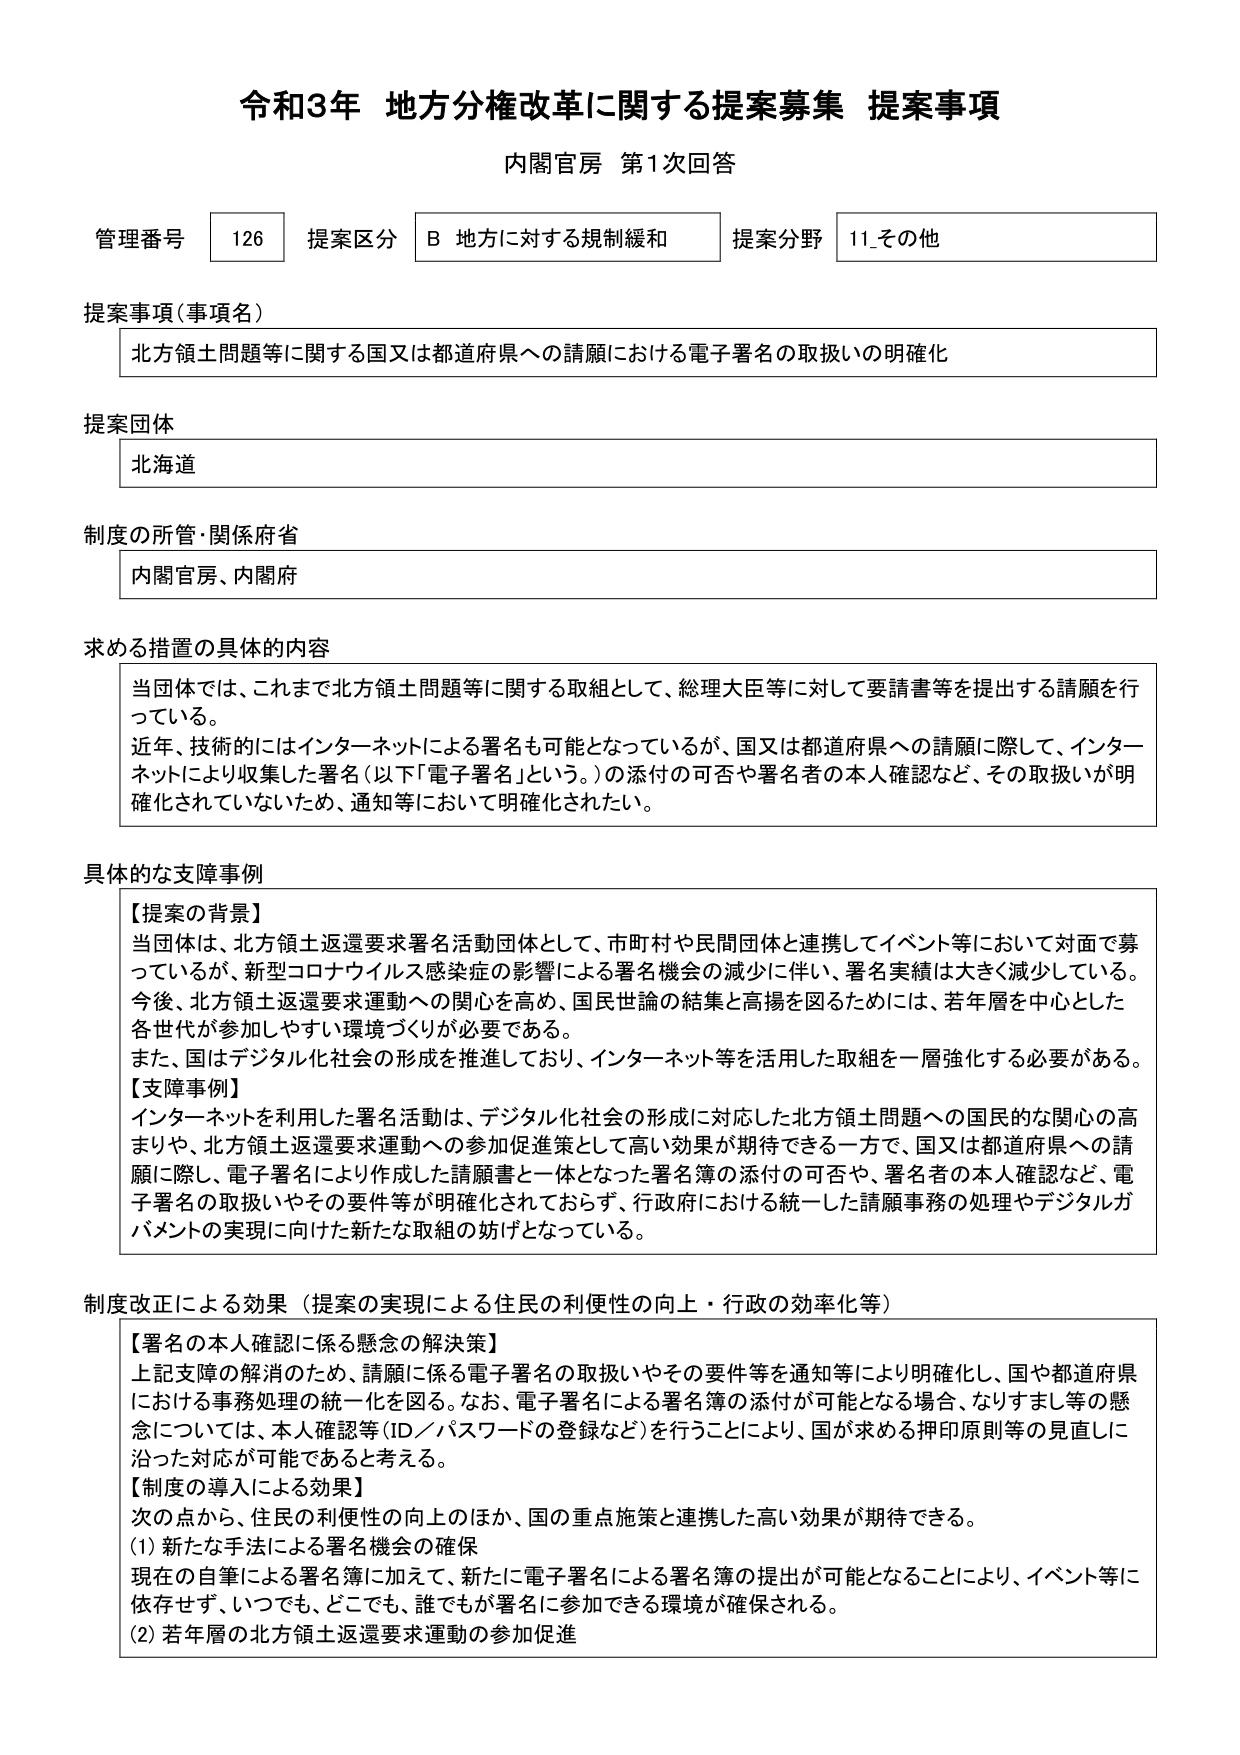
令和3年 地方分権改革に関する提案募集 提案事項
内閣官房 第1次回答

管理番号 126 提案区分 B 地方に対する規制緩和 提案分野 11_その他

提案事項（事項名）
北方領土問題等に関する国又は都道府県への請願における電子署名の取扱いの明確化

提案団体
北海道

制度の所管・関係府省
内閣官房、内閣府

求める措置の具体的内容
当団体では、これまで北方領土問題等に関する取組として、総理大臣等に対して要請書等を提出する請願を行っている。
近年、技術的にはインターネットによる署名も可能となっているが、国又は都道府県への請願に際して、インターネットにより収集した署名（以下「電子署名」という。）の添付の可否や署名者の本人確認など、その取扱いが明確化されていないため、通知等において明確化されたい。

具体的な支障事例
【提案の背景】
当団体は、北方領土返還要求署名活動団体として、市町村や民間団体と連携してイベント等において対面で募っているが、新型コロナウイルス感染症の影響による署名機会の減少に伴い、署名実績は大きく減少している。
今後、北方領土返還要求運動への関心を高め、国民世論の結集と高揚を図るためには、若年層を中心とした各世代が参加しやすい環境づくりが必要である。
また、国はデジタル化社会の形成を推進しており、インターネット等を活用した取組を一層強化する必要がある。
【支障事例】
インターネットを利用した署名活動は、デジタル化社会の形成に対応した北方領土問題への国民的な関心の高まりや、北方領土返還要求運動への参加促進策として高い効果が期待できる一方で、国又は都道府県への請願に際し、電子署名により作成した請願書と一体となった署名簿の添付の可否や、署名者の本人確認など、電子署名の取扱いやその要件等が明確化されておらず、行政府における統一した請願事務の処理やデジタルガバメントの実現に向けた新たな取組の妨げとなっている。

制度改正による効果（提案の実現による住民の利便性の向上・行政の効率化等）
【署名の本人確認に係る懸念の解決策】
上記支障の解消のため、請願に係る電子署名の取扱いやその要件等を通知等により明確化し、国や都道府県における事務処理の統一化を図る。なお、電子署名による署名簿の添付が可能となる場合、なりすまし等の懸念については、本人確認等（ID／パスワードの登録など）を行うことにより、国が求める押印原則等の見直しに沿った対応が可能であると考える。
【制度の導入による効果】
次の点から、住民の利便性の向上のほか、国の重点施策と連携した高い効果が期待できる。
(1) 新たな手法による署名機会の確保
現在の自筆による署名簿に加えて、新たに電子署名による署名簿の提出が可能となることにより、イベント等に依存せず、いつでも、どこでも、誰でもが署名に参加できる環境が確保される。
(2) 若年層の北方領土返還要求運動の参加促進